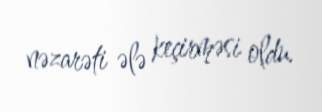
nəzarəti ələ keçirməsi oldu.